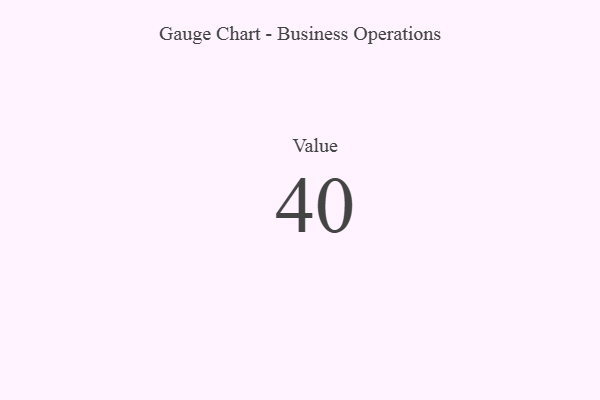
{"axis": {"x": "Metric", "y": "Value"}, "legend": [""], "data": [{"x": "Value", "y": 40, "type": ""}]}